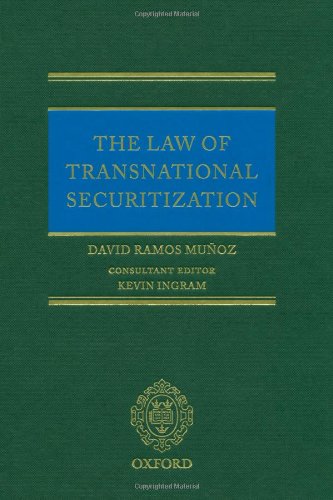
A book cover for The Law of Transnational Securitization; David Ramos-Munoz; Law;